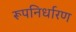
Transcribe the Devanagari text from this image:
रूपनिर्धारण